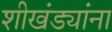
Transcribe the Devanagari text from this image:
शीखंड्यांना